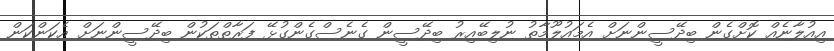
އިއުލާނެއް ކޮށްގެން ބިދޭސީންނަށް އެމައުލޫމާތު ނުލިބޭއިރު ބިދޭސީން ގެނެސްގެންގުޅޭ ފަރާތްތަކުން ބިދޭސީންނަށް އެކަންކަން